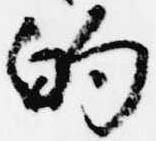
的